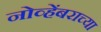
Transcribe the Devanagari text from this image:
नोव्हेंबराच्या